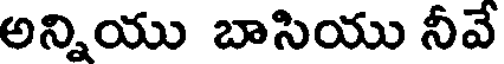
అన్నియు బాసియు నీవే